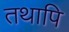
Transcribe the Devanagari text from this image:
तथापि